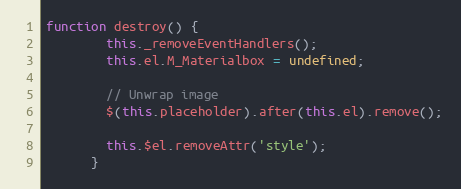
Language: JavaScript
function destroy() {
        this._removeEventHandlers();
        this.el.M_Materialbox = undefined;

        // Unwrap image
        $(this.placeholder).after(this.el).remove();

        this.$el.removeAttr('style');
      }